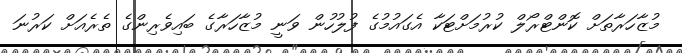
މުޒާހަރާތަށް ކޮންޓްރޯލް ކުރުމަށްޓަކާ އެގައުމުގެ ފުލުހުން ވަނީ މުޒާހަރާގެ ބައިވެރިންގެ ތެރެއަށް ކަރުނަ